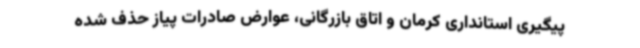
پیگیری استانداری کرمان و اتاق بازرگانی، عوارض صادرات پیاز حذف شده